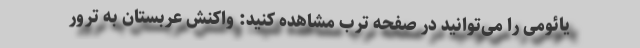
یائومی را می‌توانید در صفحه ترب مشاهده کنید: واکنش عربستان به ترور